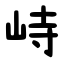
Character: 峙